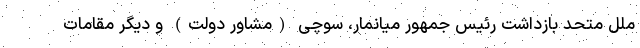
ملل متحد بازداشت رئیس جمهور میانمار، سوچی (مشاور دولت) و دیگر مقامات